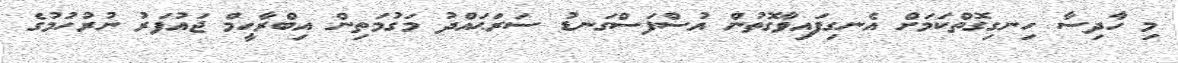
މި ހާދިސާ ހިނގިގޮތްކަމަށް އެނގިފައިވާގޮތުން އުސްފަސްގަނޑު ސަރަޙައްދު މަގުމަތިން އިބްރާހީމް ޖައުފަރު ނުރުހުމުގެ